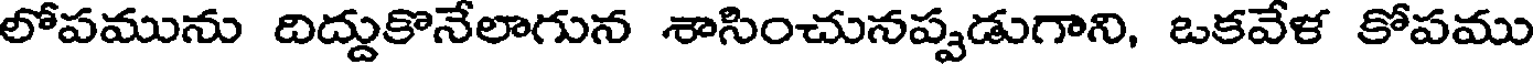
లోపమును దిద్దుకొనేలాగున శాసించునప్పడుగాని, ఒకవేళ కోపము